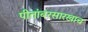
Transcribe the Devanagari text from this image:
पीतांबरसारखाच